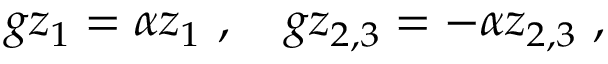
g z _ { 1 } = \alpha z _ { 1 } ~ , ~ ~ ~ g z _ { 2 , 3 } = - \alpha z _ { 2 , 3 } ~ ,